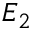
E _ { 2 }